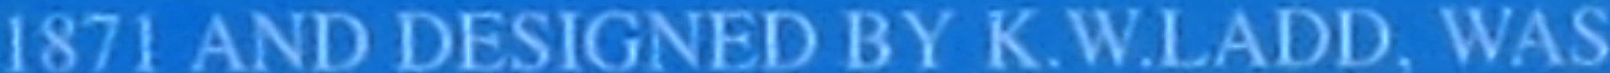
1871 AND DESIGNED BY K.2.LADD. WAS